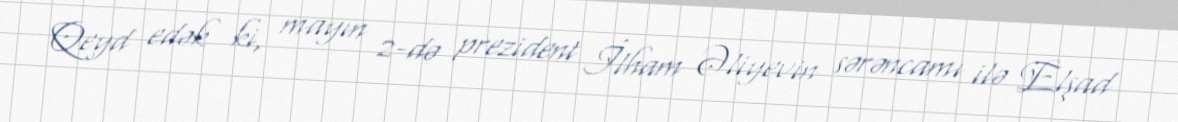
Qeyd edək ki, mayın 2-də prezident İlham Əliyevin sərəncamı ilə Elşad